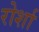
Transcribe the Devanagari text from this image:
रोर्शा